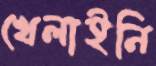
খেলাইনি